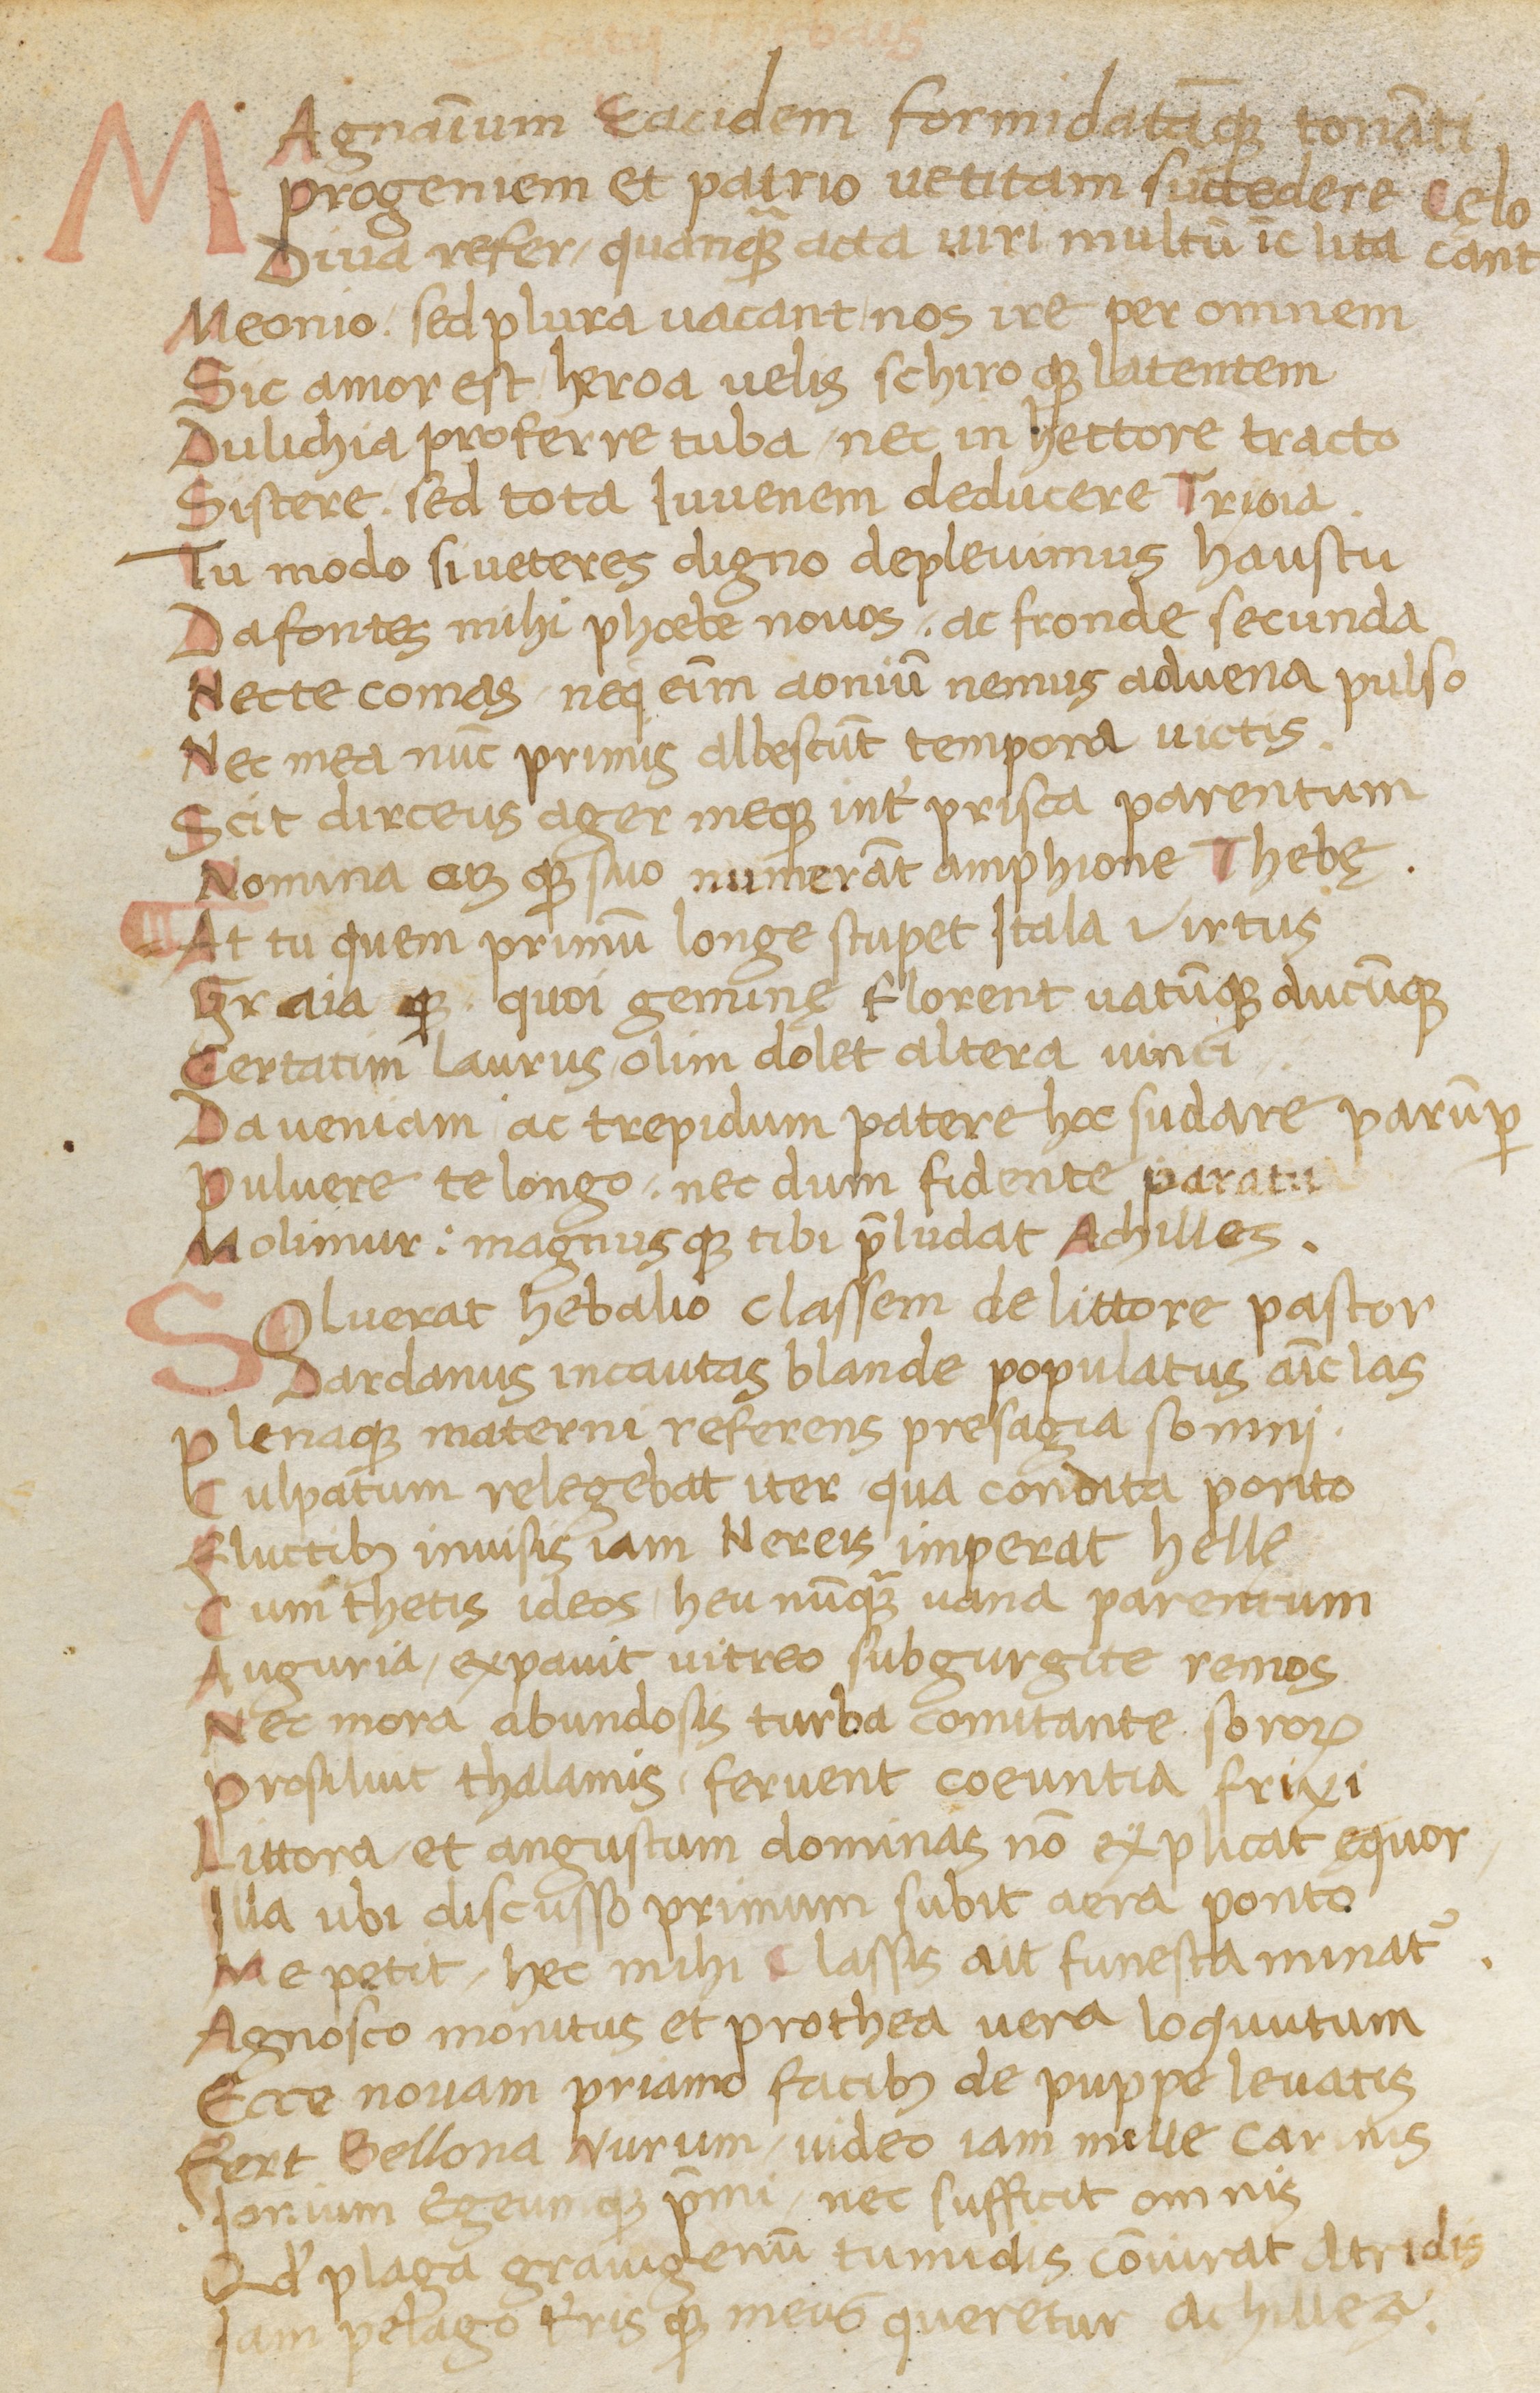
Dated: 1400–1499